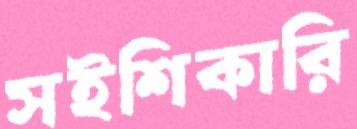
সইশিকারি